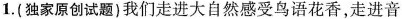
1. (独家原创试题) 我们走进大自然感受鸟语花香，走进音